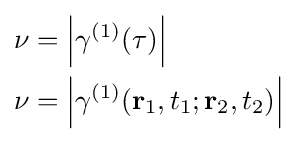
{\begin{aligned}\nu &=\left|\gamma ^{(1)}(\tau )\right|\\\nu &=\left|\gamma ^{(1)}(\mathbf {r} _{1},t_{1};\mathbf {r} _{2},t_{2})\right|\end{aligned}}